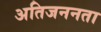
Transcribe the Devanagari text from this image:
अतिजननता